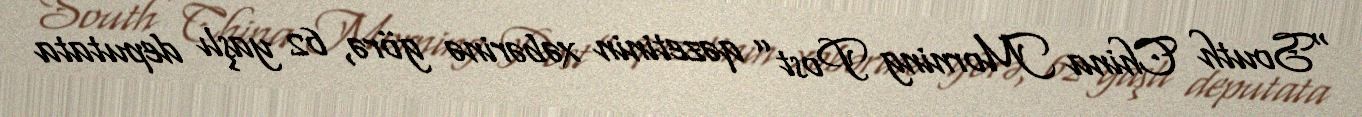
“South China Morning Post” qəzetinin xəbərinə görə, 62 yaşlı deputata